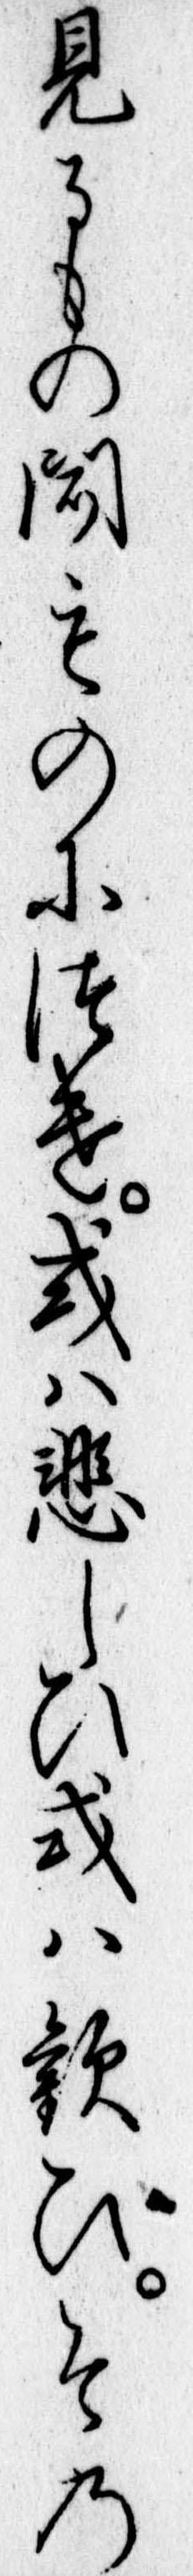
見るもの聞ものにつけ或は悲しひ或は歓ひその